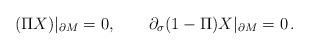
LaTeX: \begin{align*}(\Pi X)|_{\partial M}=0,\qquad \partial_\sigma (1-\Pi )X |_{\partial M}=0 \,.\end{align*}